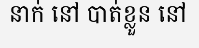
នាក់ នៅ បាត់ខ្លួន នៅ